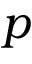
p